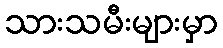
သားသမီးများမှာ